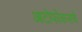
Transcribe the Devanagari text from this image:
आटोफोकसचे